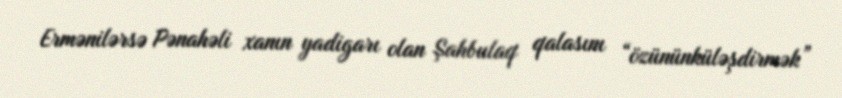
Ermənilərsə Pənahəli xanın yadigarı olan Şahbulaq qalasını “özününküləşdirmək”